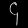
Digit: ၄